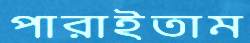
পারাইতাম